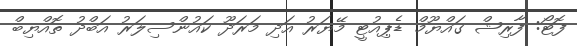
ފޮޓޯ: ފާރިޝް ގައްޔޫމް ޑެޕިއުޓީ މޭޔަރު އަދި މަރަދޫ ކައުންސިލަރު އަބްދު ތޮއްޔިބް